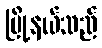
မြို့နယ်သည်